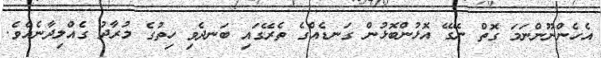
އެހެންނޫންނަމަ ގޮތް ނޭގޭ އޮޅުންބޮޅުން ގަނޑެއްގެ ތެރޭގައި ބަނދެވި ހިތުގެ މުރާދު ގެއްލިދާނެއެވެ.